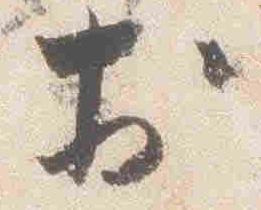
於